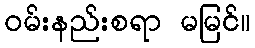
ဝမ်းနည်းစရာ မမြင်။